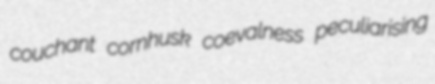
couchant cornhusk coevalness peculiarising